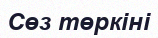
Сөз төркіні